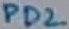
Text: PD2